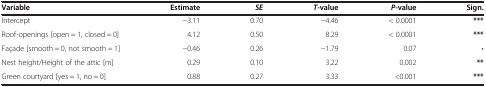
| Variable | Estimate | SE | T-value | P-value | Sign. |
 | --- | --- | --- | --- | --- | --- |
 | Intercept | −3.11 | 0.70 | −4.46 | < 0.0001 | *** |
 | Roof-openings [open = 1, closed = 0] | 4.12 | 0.50 | 8.29 | < 0.0001 | *** |
 | Façade [smooth = 0, not smooth = 1] | −0.46 | 0.26 | −1.79 | 0.07 | • |
 | Nest height/Height of the attic [m] | 0.29 | 0.10 | 3.22 | 0.002 | ** |
 | Green courtyard [yes = 1, no = 0] | 0.88 | 0.27 | 3.33 | <0.001 | *** |